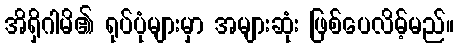
အိရှိဂါမိ၏ ရုပ်ပုံများမှာ အများဆုံး ဖြစ်ပေလိမ့်မည်။